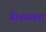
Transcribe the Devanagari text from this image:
सिवसंकरा